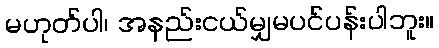
မဟုတ်ပါ၊ အနည်းငယ်မျှမပင်ပန်းပါဘူး။